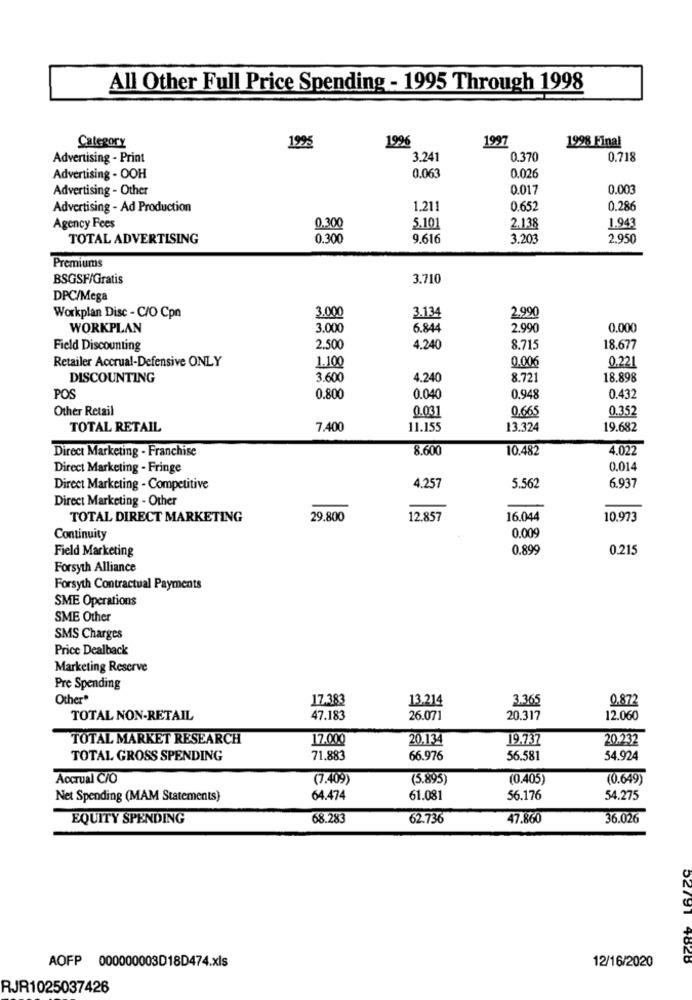
All Other Full Price Spending - 1995 Through 1998
Category
1995
1996
1997
1998 Final
Advertising - Print
3.241
0.370
0.718
0.063
Advertising - OOH
0.026
Advertising - Other
0.017
0.003
Advertising - Ad Production
1.211
0.652
0.286
Agency Fees
0.300
5.101
2.138
1.943
TOTAL ADVERTISING
0.300
9.616
3.203
2,950
Premiums
BSGSF/Gratis
3.710
DPC/Mega
3.000
3.134
2.990
Workplan Disc - C/O Cpn
WORKPLAN
3.000
6.844
2.990
0.000
Field Discounting
2.500
4,240
8.715
18.677
Retailer Accrual-Defensive ONLY
1.100
0.221
0.006
DISCOUNTING
3.600
4,240
8.721
18.898
POS
0.800
0.040
0.948
0.432
Other Retail
0.031
0.665
0.352
TOTAL RETAIL
7.400
11.155
13.324
19.682
Direct Marketing - Franchise
8.600
10.482
4.022
Direct Marketing - Fringe
0.014
Direct Marketing - Competitive
4.257
5.562
6.937
Direct Marketing - Other
TOTAL DIRECT MARKETING
29.800
12.857
16.044
10.973
Continuity
0.009
Field Marketing
0.899
0.215
Forsyth Alliance
Forsyth Contractual Payments
SME Operations
SME Other
SMS Charges
Price Dealback
Marketing Reserve
Pre Spending
Other*
17.383
13.214
3.365
0.872
TOTAL NON-RETAIL
47.183
26.071
20.317
12.060
TOTAL MARKET RESEARCH
17.000
20.134
19.737
20.232
TOTAL GROSS SPENDING
71.883
66.976
56.581
54.924
Accrual C/O
(7.409)
(5.895)
(0.405)
(0.649)
Net Spending (MAM Statements)
64.474
61.081
56.176
54.275
EQUITY SPENDING
68.283
62.736
47.860
36.026
12/16/2020
AOFP 000000003D18D474.xls
52791 4826
RJR1025037426